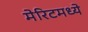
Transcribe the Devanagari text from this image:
मेरिटमध्ये